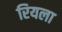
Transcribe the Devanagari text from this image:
रियला